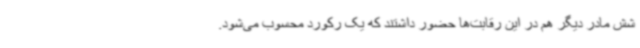
شش مادر دیگر هم در این رقابت‌ها حضور داشتند که یک رکورد محسوب می‌شود.